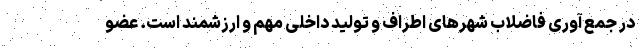
در جمع آوری فاضلاب شهرهای اطراف و تولید داخلی مهم و ارزشمند است. عضو